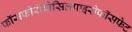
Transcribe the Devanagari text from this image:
फॉसफोरीबोसिलपाइरोफॉसफेट